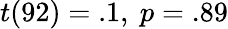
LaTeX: t(92)=.1,\ p=.89